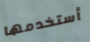
أستخدمها